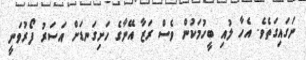
ނަގައިގަތެވެ. އެހާ ލުއި ބީހުމަކުން ވެސް ރަޒާ އޭނާގެ ހަށިގަނޑަށް އަސަރު ފޯރުވަނީ